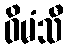
ဝိမံသီ